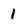
Character: 1